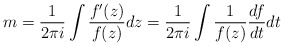
\begin{align*}m = {1\over 2\pi i} \int {f'(z)\over f(z) } dz= {1\over 2\pi i} \int {1\over f(z) } {df\over dt} dt\end{align*}